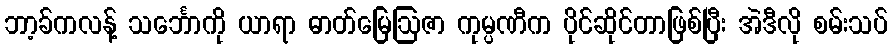
ဘာ့ခ်ကလန့် သင်္ဘောကို ယာရာ ဓာတ်မြေဩဇာ ကုမ္ပဏီက ပိုင်ဆိုင်တာဖြစ်ပြီး အဲဒီလို စမ်းသပ်